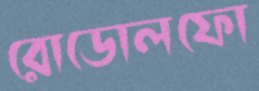
রোডোলফো